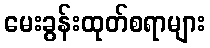
မေးခွန်းထုတ်စရာများ